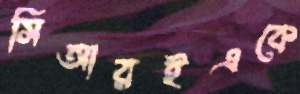
সিআরইএকে